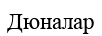
Дюналар